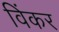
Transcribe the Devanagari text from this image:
विंकर